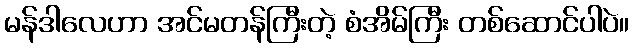
မန်ဒါလေဟာ အင်မတန်ကြီးတဲ့ စံအိမ်ကြီး တစ်ဆောင်ပါပဲ။